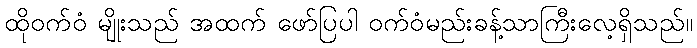
ထိုဝက်ဝံ မျိုးသည် အထက် ဖော်ပြပါ ဝက်ဝံမည်းခန့်သာကြီးလေ့ရှိသည်။